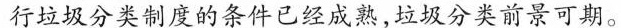
行垃圾分类制度的条件已经成熟，垃圾分类前景可期。